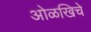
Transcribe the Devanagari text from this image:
ओळखिचे